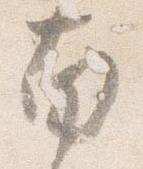
南